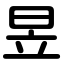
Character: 昱